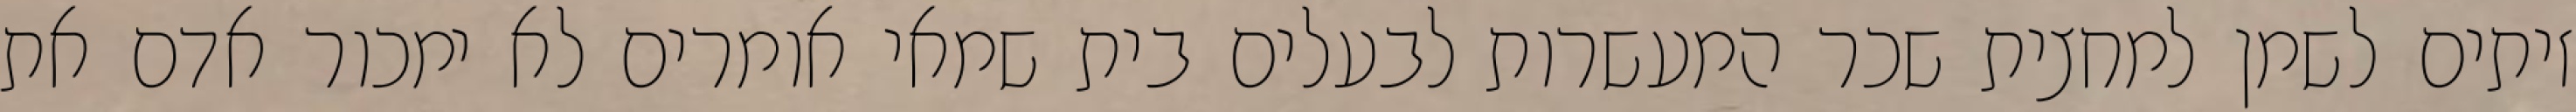
זיתים לשמן למחצית שכר המעשרות לבעלים בית שמאי אומרים לא ימכור אדם את